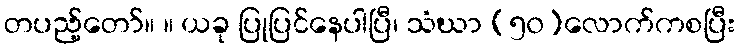
တပည့်တော်။ ။ ယခု ပြုပြင်နေပါပြီ၊ သံဃာ (၅၀)လောက်ကစပြီး